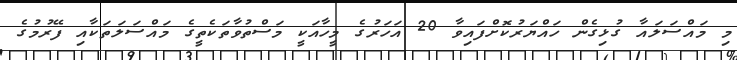
މި މައްސަލައާ ގުޅިގެން ހައްޔަރުކޮށްފައިވާ 20 އަހަރުގެ މީހާއަކީ މަސްތުވާތަކެތީގެ މައްސަލަތަކާއި ފޭރުމުގެ